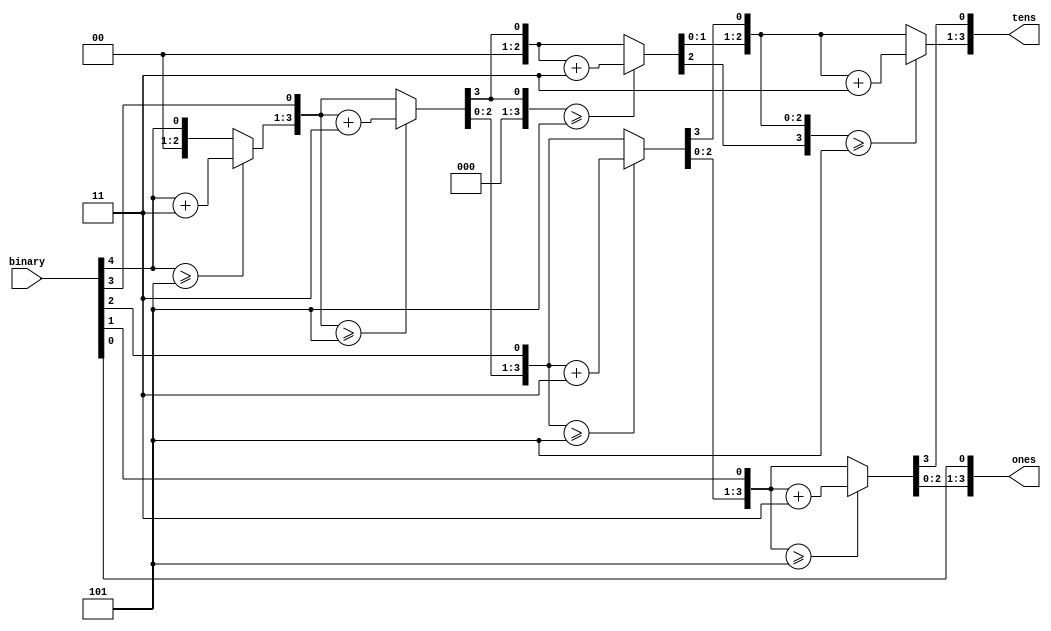
`timescale 1ns / 1ps
//////////////////////////////////////////////////////////////////////////////////
// Company: 
// Engineer: 
// 
// Design Name: 
// Module Name: BCD
// Project Name: 
// Target Devices: 
// Tool Versions: 
// Description: 
// 
// Dependencies: 
// 
// Revision:
// Revision 0.01 - File Created
// Additional Comments:
// 
//////////////////////////////////////////////////////////////////////////////////


module BCD( input [4:0] binary, output reg [3:0]tens, ones);
integer i;
always @(binary)
begin 
tens=4'd0;
ones=4'd0;
for (i=4; i>=0;i=i-1)
begin

if (tens>=5)
tens=tens+3;
if (ones>=5)
ones=ones+3;
tens=tens<<1;
tens[0]=ones[3];
ones=ones<<1;
ones[0]=binary[i];
end
end
endmodule